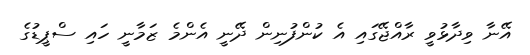
އޭނާ ވިދާޅުވީ ރާއްޖޭގައި އެ ކުންފުނިން ދޭނީ އެންމެ ޒަމާނީ ހައި ސްޕީޑުގެ